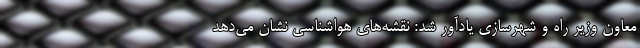
معاون وزیر راه و شهرسازی یادآور شد: نقشه‌های هواشناسی نشان می‌دهد